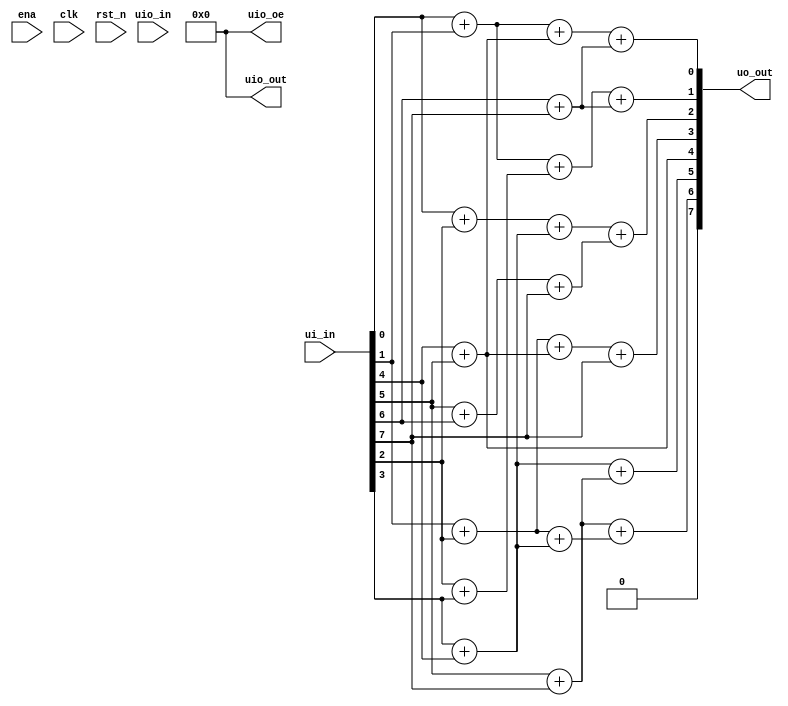
/*
 * Copyright (c) 2024 Jocelyn Zhu
 * SPDX-License-Identifier: Apache-2.0
 */

// FPGA Design
module tt_um_example (
    input  wire [7:0] ui_in,    // Dedicated inputs
    output wire [7:0] uo_out,   // Dedicated outputs
    input  wire [7:0] uio_in,   // IOs: Input path
    output wire [7:0] uio_out,  // IOs: Output path
    output wire [7:0] uio_oe,   // IOs: Enable path (active high: 0=input, 1=output)
    input  wire       ena,      // always 1 when the design is powered, so you can ignore it
    input  wire       clk,      // clock
    input  wire       rst_n     // reset_n - low to reset
);
   
  //Output 0
  wire or0_ouA; // Output wire of first OR gate
  assign or0_ouA = ui_in[0] + ui_in[1]; // OR gate connecting inputs 0 and 1
   
  wire or0_ouB;
  assign or0_ouB = ui_in[4] + ui_in[5]; // OR gate connecting inputs 4 and 5
  
  wire or0_ouC; // Output wire of third OR gate
  assign or0_ouC = ui_in[6] + ui_in[7];
  
  wire or0_ouD;
  assign or0_ouD = or0_ouA + or0_ouB;
  
  wire or0_ouE;
  assign or0_ouE = or0_ouD + or0_ouC;
  
  assign uo_out[0] = or0_ouE;
  
  // Output 1 
  wire or1_ouA, or1_ouB, or1_ouC, or1_ouD, or1_ouE;
  
  assign or1_ouA = ui_in[0] + ui_in[1];
  assign or1_ouB = ui_in[2] + ui_in[3];
  assign or1_ouC = ui_in[6] + ui_in[7];
  assign or1_ouD = or1_ouA + or1_ouB;
  assign or1_ouE = or1_ouD + or1_ouC;
  assign uo_out[1] = or1_ouE;
  
  // Output 2
  wire or2_ouA, or2_ouB, or2_ouC, or2_ouD, or2_ouE, or2_ouF; 
  assign or2_ouA = ui_in[0] + ui_in[2];
  assign or2_ouB = ui_in[3] + ui_in[4];
  assign or2_ouC = ui_in[5] + ui_in[6];
  assign or2_ouD = or2_ouA + or2_ouB;
  assign or2_ouE = or2_ouC + ui_in[7];
  assign or2_ouF = or2_ouD + or2_ouE;
  assign uo_out[2] = or2_ouF;
	
  // Output 3
  wire or3_ouA, or3_ouB, or3_ouC, or3_ouD; 
  
  assign or3_ouA = ui_in[1] + ui_in[2];
  assign or3_ouB = ui_in[4] + ui_in[5];
  assign or3_ouC = or3_ouA + or3_ouB;
  assign or3_ouD = or3_ouC + ui_in[7];
  assign uo_out[3] = or3_ouD;
  
  // Output 4
  wire or4_ouA, or4_ouB; 
  
  assign or4_ouA = ui_in[1] + ui_in[5];
  assign or4_ouB = or3_ouA + ui_in[7];
  assign uo_out[4] = or3_ouB;
  
  // Output 5
  wire or5_ouA, or5_ouB, or5_ouC; 
  
  assign or5_ouA = ui_in[3] + ui_in[4];
  assign or5_ouB = ui_in[5] + ui_in[7];
  assign or5_ouC = or5_ouA + or5_ouB;
  assign uo_out[5] = or5_ouC;
  
  // Output 6
  wire or6_ouA, or6_ouB, or6_ouC, or6_ouD, or6_ouE; 
  
  assign or6_ouA = ui_in[1] + ui_in[2];
  assign or6_ouB = ui_in[3] + ui_in[4];
  assign or6_ouC = ui_in[5] + ui_in[7];
  assign or6_ouD = or6_ouA + or6_ouB;
  assign or6_ouE = or6_ouC + or6_ouD;
  assign uo_out[6] = or6_ouE;
   
  assign uo_out[7] = 0; // Initating output 7 to 0
  
  // Setting inactive output paths
  assign uio_out = 8'b00000000;
  assign uio_oe = 8'b00000000;
    
endmodule